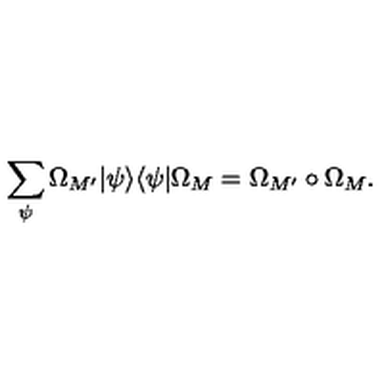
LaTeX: \sum _ { \psi } \Omega _ { M ^ { \prime } } | \psi \rangle \langle \psi | \Omega _ { M } = \Omega _ { M ^ { \prime } } \circ \Omega _ { M } .